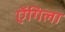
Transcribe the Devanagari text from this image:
ऐंगिला